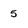
Character: 5